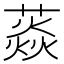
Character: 𦼐